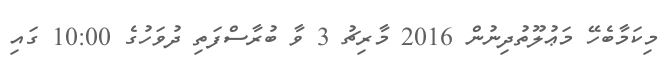
މިކަމާބެހޭ މަޢުލޫތުދިނުން 2016 މާރިޗު 3 ވާ ބުރާސްފަތި ދުވަހުގެ 10:00 ގައި